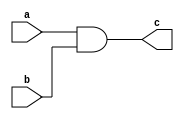
`timescale 1ns / 1ps
//////////////////////////////////////////////////////////////////////////////////
// Company: 
// Engineer: 
// 
// Design Name: 
// Module Name: and_2
// Project Name: 
// Target Devices: 
// Tool Versions: 
// Description: 
// 
// Dependencies: 
// 
// Revision:
// Revision 0.01 - File Created
// Additional Comments:
// 
//////////////////////////////////////////////////////////////////////////////////


module and_2(
    input a,b,
    output c
    );
 assign c=a&b;
endmodule